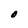
Character: O